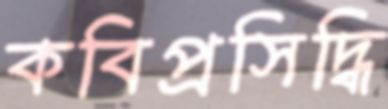
কবিপ্রসিদ্ধি